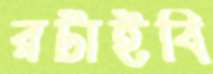
রটাইবি